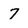
Character: 7